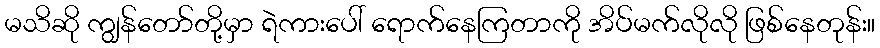
မသိဆို ကျွန်တော်တို့မှာ ရဲကားပေါ် ရောက်နေကြတာကို အိပ်မက်လိုလို ဖြစ်နေတုန်း။